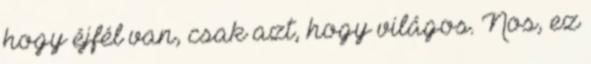
hogy éjfél van, csak azt, hogy világos. Nos, ez